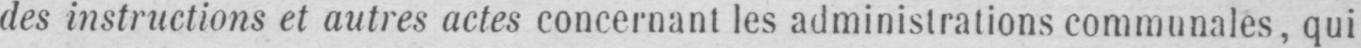
des instructions et autres actes concernant les administrations communales, qui